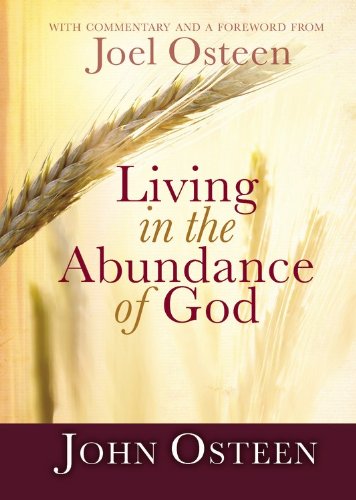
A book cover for Living in the Abundance of God; John Osteen; Christian Books & Bibles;